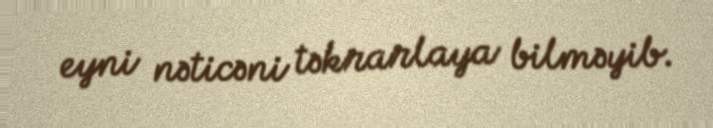
eyni nəticəni təkrarlaya bilməyib.